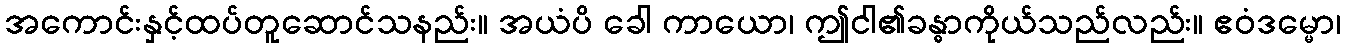
အကောင်းနှင့်ထပ်တူဆောင်သနည်း။ အယံပိ ခေါ ကာယော၊ ဤငါ၏ခန္ဓာကိုယ်သည်လည်း။ ဧဝံဒမ္မော၊